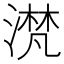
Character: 滼